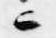
ニ